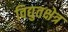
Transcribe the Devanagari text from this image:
विद्युतक्षेत्र